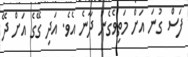
ފަސް ގުނަ އަށް މަތިވެގެން ދާނެ އެވެ. އަދި ގޭގެ އަށް ދޭ